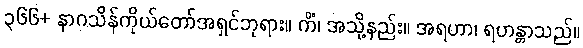
၃၆၆+ နာဂသိန်ကိုယ်တော်အရှင်ဘုရား။ ကိံ၊ အသို့နည်း။ အရဟာ၊ ရဟန္တာသည်။